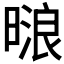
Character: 𰖟